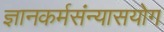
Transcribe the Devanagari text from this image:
ज्ञानकर्मसंन्यासयोग